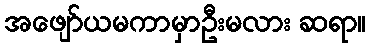
အဖျော်ယမကာမှာဦးမလား ဆရာ။